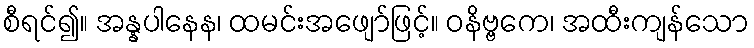
စီရင်၍။ အန္နပါနေန၊ ထမင်းအဖျော်ဖြင့်။ ဝနိဗ္ဗကေ၊ အထီးကျန်သော